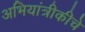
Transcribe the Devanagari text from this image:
अभियांत्रीकीचे